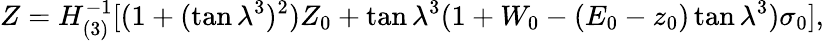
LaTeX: Z=H_{(3)}^{-1}[(1+(\tan\lambda^{3})^{2})Z_{0}+\tan\lambda^{3}(1+W_{0}-(E_{0}-z_{0})\tan\lambda^{3})\sigma_{0}],